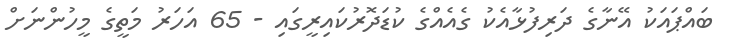
ބައްޕައަކު އޭނާގެ ދަރިފުޅާއެކު ގެއެއްގެ ކުޑަދޮރުކައިރީގައި - 65 އަހަރު މަތީގެ މީހުންނަށް